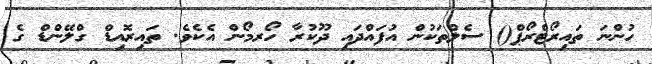
ހުންނަ ތައިރޯޓްރޯޕް() ސެލްތަކުން އުފައްދައި ދޫކުރާ ހޯރމޯން އެކެވެ. ތައިރޮއިޑް ގްލޭންޑް ގެ